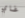
غاي